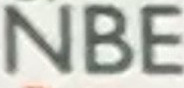
NBE